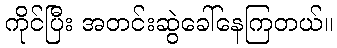
ကိုင်ပြီး အတင်းဆွဲခေါ်နေကြတယ်။